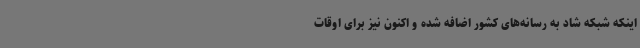
اینکه شبکه شاد به رسانه‌های کشور اضافه شده و اکنون نیز برای اوقات